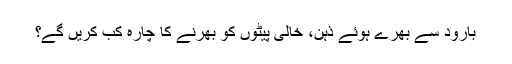
بارود سے بھرے ہوئے ذہن، خالی پیٹوں کو بھرنے کا چارہ کب کریں گے؟